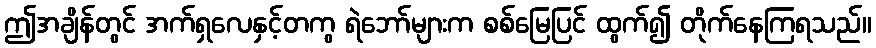
ဤအချိန်တွင် အက်ရှလေနှင့်တကွ ရဲဘော်များက စစ်မြေပြင် ထွက်၍ တိုက်နေကြရသည်။